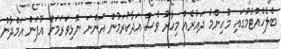
ބެލެހެއްޓުމުގައި މުހިންމު ދައުރެއް މިހާރު ވެސް އަދާކުރަމުން އަންނަ ނޮޅިވަރަމަށް އުފަން އަމްދާން